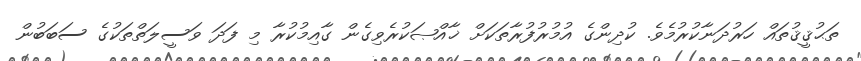
ތަޙުޤީޤުތައް ހަރުދަނާކުރުމެވެ. ކުދިންގެ އުމުރުފުރާތަކަށް ޚާއްޞަކުރެވިގެން ގާއިމުކުރާ މި ފަދަ ވަސީލަތްތަކުގެ ސަބަބުން